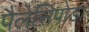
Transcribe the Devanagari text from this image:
पैलेसिपोडा